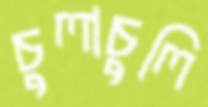
চুলাচুলি